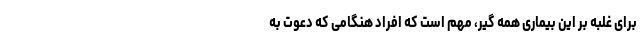
برای غلبه بر این بیماری همه گیر، مهم است که افراد هنگامی که دعوت به